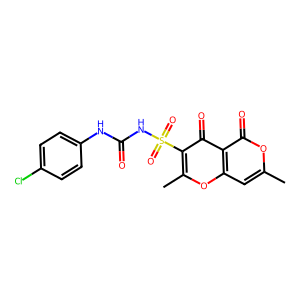
SMILES: Cc1cc2oc(C)c(S(=O)(=O)NC(=O)Nc3ccc(Cl)cc3)c(=O)c2c(=O)o1
Inhibits HIV replication: No